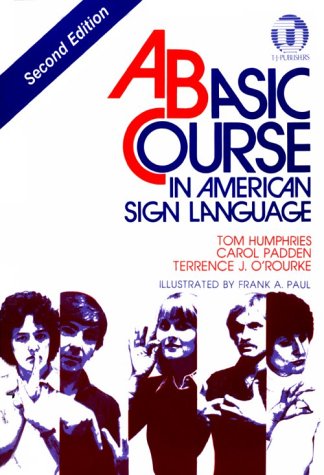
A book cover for Basic Course in American Sign Language; Tom Humphries; Reference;